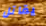
يقاتل